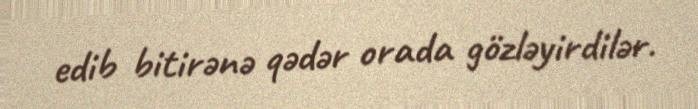
edib bitirənə qədər orada gözləyirdilər.